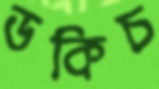
ডকিচ